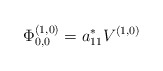
\begin{align*}\Phi_{0,0}^{(1,0)} = a_{11}^{*} V^{(1,0)}\end{align*}